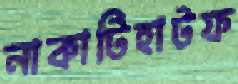
নাকাটিহাটফ